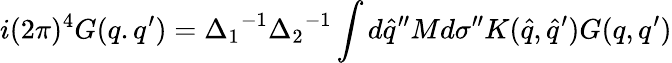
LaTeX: i(2\pi)^{4}G(q.q^{\prime})={\Delta_{1}}^{-1}{\Delta_{2}}^{-1}\int d{\hat{q}}^{\prime\prime}Md{\sigma}^{\prime\prime}K({\hat{q}},{\hat{q}^{\prime}})G(q,q^{\prime})